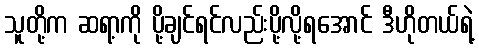
သူတို့က ဆရာ့ကို ပို့ချင်ရင်လည်းပို့လို့ရအောင် ဒီဟိုတယ်ရဲ့